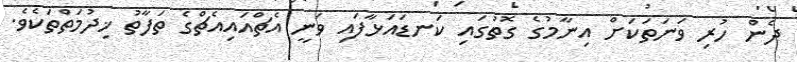
ދެން ހުރި ވަނަތަކަށް އިނާމުގެ ގޮތުގައި ކަނޑައަޅާފައި ވަނީ އެޗްއައިއެޗްގެ ތަފާތު ޚިދުމަތްތަކެވެ.